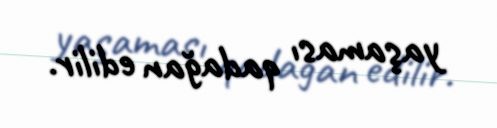
yaşaması qadağan edilir.